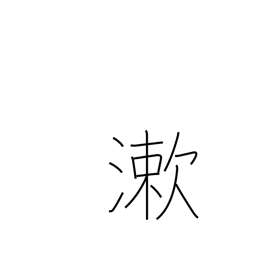
Meaning: rinse mouth